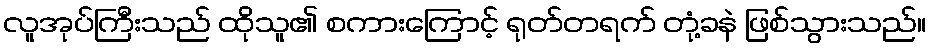
လူအုပ်ကြီးသည် ထိုသူ၏ စကားကြောင့် ရုတ်တရက် တုံ့ခနဲ ဖြစ်သွားသည်။